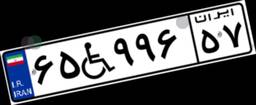
۹۷W۳۰۵۹۵